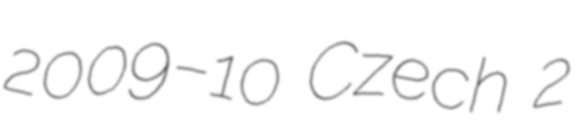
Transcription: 2009–10 Czech 2